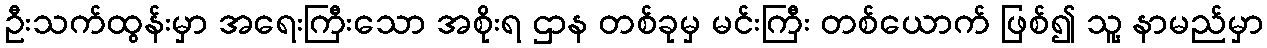
ဦးသက်ထွန်းမှာ အရေးကြီးသော အစိုးရ ဌာန တစ်ခုမှ မင်းကြီး တစ်ယောက် ဖြစ်၍ သူ့ နာမည်မှာ